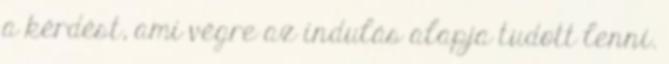
a kérdést, ami végre az indulás alapja tudott lenni.